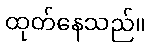
ထုတ်နေသည်။